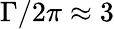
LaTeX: \Gamma/2\pi\approx 3